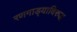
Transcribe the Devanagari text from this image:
रणगाड्याविरुद्ध